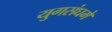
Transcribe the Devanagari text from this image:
युगसंघमे